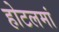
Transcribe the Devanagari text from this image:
होटलमां